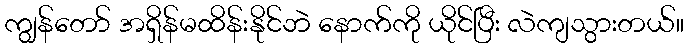
ကျွန်တော် အရှိန်မထိန်းနိုင်ဘဲ နောက်ကို ယိုင်ပြီး လဲကျသွားတယ်။